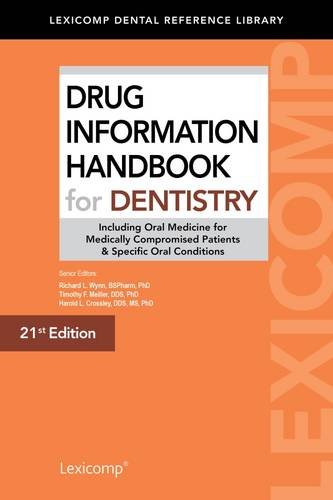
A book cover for Drug Information Handbook for Dentistry; Richard L., Ph.d Wynn; Medical Books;